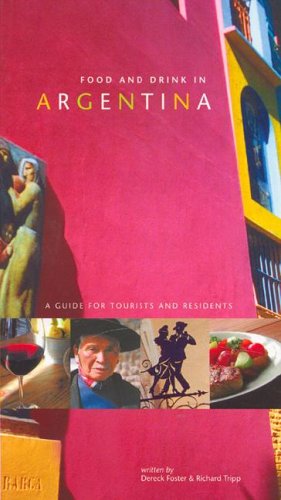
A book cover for Food and Drink in Argentina: A Guide for Tourists and Residents; Dereck Foster; Travel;